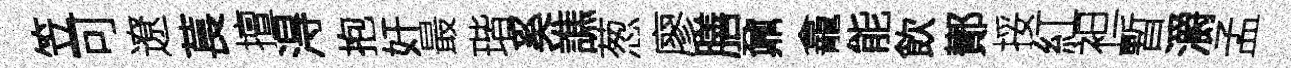
笠可遼萇擅淂抱奸最瑎奚譙葱廖膳鼐龕能飲鄼挼紅袒暫灂孟